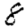
Digit: 8